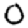
Digit: 0